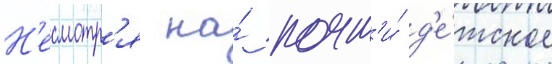
Н'есмотр'я на́ почт'и́ д'е́тское